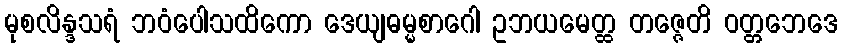
မုစလိန္ဒသရံ ဘဝံပေါသထိကော ဒေယျဓမ္မစာဂေါ ဥဘယမေတ္ထ တဇ္ဇေတိ ဝတ္တဘေဒေ